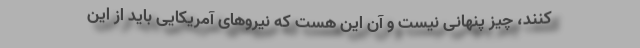
کنند، چیز پنهانی نیست و آن این هست که نیروهای آمریکایی باید از این